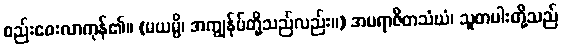
စည်းဝေးလာကုန်၏။ (မယမ္ပိ၊ အကျွန်ုပ်တို့သည်လည်း။) အပရာဇိတသံဃံ၊ သူတပါးတို့သည်